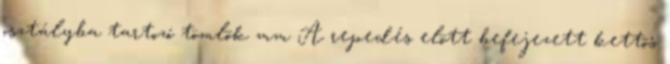
osztályba tartozó tömlõk mm A repedés elõtt befejezett kettõs